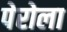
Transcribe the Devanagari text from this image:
पेरोला